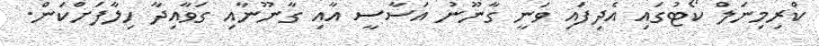
ކްރިމިނަލް ކޯޓުގައި އެދިފައި ވަނީ ގާނޫނު އަސާސީ އާއި ގާނޫނާއި ގަވާއިދާ ހިލާފަށްކަން.